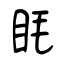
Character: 眊